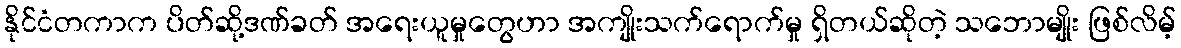
နိုင်ငံတကာက ပိတ်ဆို့ဒဏ်ခတ် အရေးယူမှုတွေဟာ အကျိုးသက်ရောက်မှု ရှိတယ်ဆိုတဲ့ သဘောမျိုး ဖြစ်လိမ့်